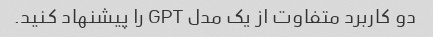
دو کاربرد متفاوت از یک مدل GPT را پیشنهاد کنید.